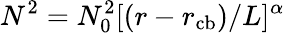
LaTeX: N^{2}=N_{0}^{2}[(r-r_{\mathrm{cb}})/L]^{\alpha}